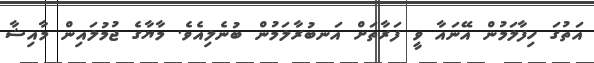
އަތުގަ ހިފާލަމުން އޭނައާ ވީ ފަރާތަށް އަނބުރާލަމުން ބުނެލިއެވެ. މާޔާގެ ޖުމުލައިން މާއިޝާ